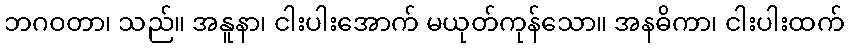
ဘဂဝတာ၊ သည်။ အနူနာ၊ ငါးပါးအောက် မယုတ်ကုန်သော။ အနဓိကာ၊ ငါးပါးထက်